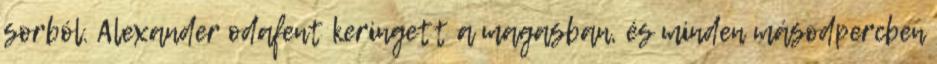
sorból. Alexander odafent keringett a magasban, és minden másodpercben